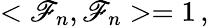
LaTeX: <\mathscr{F}_{n},\mathscr{F}_{n}>=1\, ,